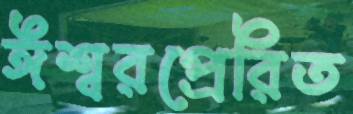
ঈশ্বরপ্রেরিত